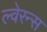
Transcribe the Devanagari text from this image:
ल्वेरन्स